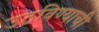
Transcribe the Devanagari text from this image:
उठविण्याची